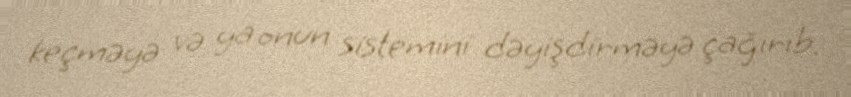
keçməyə və ya onun sistemini dəyişdirməyə çağırıb.